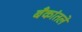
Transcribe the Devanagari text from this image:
बँकांतले